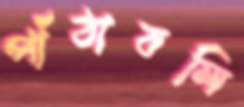
পাঁঠাবলি